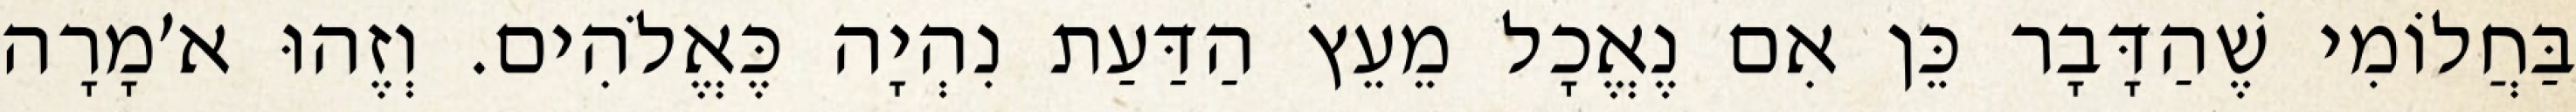
בַּחֲלוֹמִי שֶׁהַדָּבָר כֵּן אִם נֶאֱכָל מֵעֵץ הַדַּעַת נִהְיָה כֶּאֱלֹהִים. וְזֶהוּ א׳מָרָה